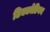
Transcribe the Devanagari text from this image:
टिक्कोडियन